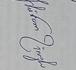
Signature authenticity: genuine